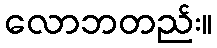
လောဘတည်း။